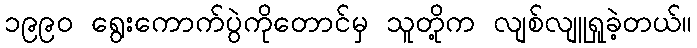
၁၉၉၀ ရွေးကောက်ပွဲကိုတောင်မှ သူတို့က လျစ်လျူရှုခဲ့တယ်။